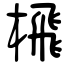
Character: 榌